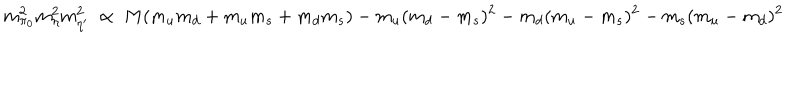
LaTeX: m _ { \pi _ { 0 } } ^ { 2 } m _ { \eta } ^ { 2 } m _ { \eta ^ { \prime } } ^ { 2 } \ \propto \ M ( m _ { u } m _ { d } + m _ { u } m _ { s } + m _ { d } m _ { s } ) - m _ { u } ( m _ { d } - m _ { s } ) ^ { 2 } - m _ { d } ( m _ { u } - m _ { s } ) ^ { 2 } - m _ { s } ( m _ { u } - m _ { d } ) ^ { 2 }